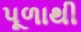
પૂળાથી